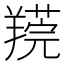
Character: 𦎻